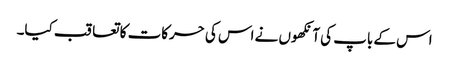
اس کے باپ کی آنکھوں نے اس کی حرکات کا تعاقب کیا۔